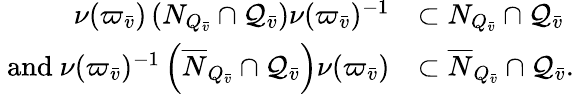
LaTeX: \begin{array}{rl}{\nu(\varpi_{\bar{v}})\left(N_{Q_{\bar{v}}}\cap{\mathcal Q}_{\bar{v}}\right)\nu(\varpi_{\bar{v}})^{-1}}&{\subset N_{Q_{\bar{v}}}\cap{\mathcal Q}_{\bar{v}}}\\ {\mathrm{~and~}\nu(\varpi_{\bar{v}})^{-1}\left(\overline{{N}}_{Q_{\bar{v}}}\cap{\mathcal Q}_{\bar{v}}\right)\nu(\varpi_{\bar{v}})}&{\subset\overline{{N}}_{Q_{\bar{v}}}\cap{\mathcal Q}_{\bar{v}}.}\end{array}